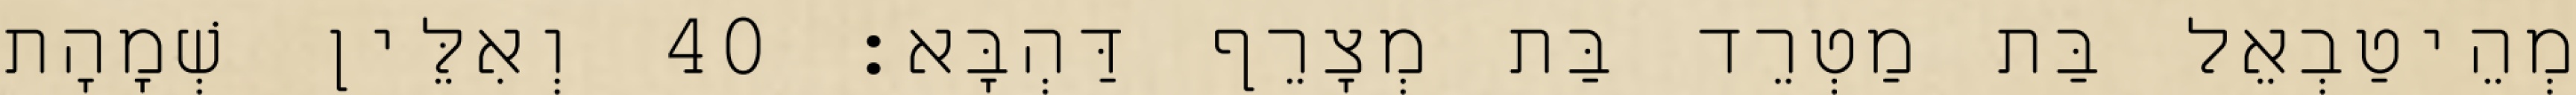
מְהֵיטַבְאֵל בַּת מַטְרֵד בַּת מְצָרֵף דַּהְבָּא׃ 40 וְאִלֵּין שְׁמָהָת